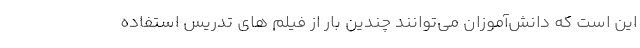
این است که دانش‌آموزان می‌توانند چندین بار از فیلم های تدریس استفاده